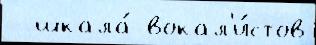
  шкала́ вокал'и́стов